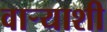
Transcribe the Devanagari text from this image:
वाऱ्याशी